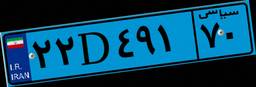
۲۲D۴۹۱۷۰